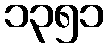
၁၃၅၁